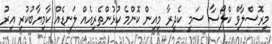
މިރޮސްލާވް ކްލޯސާ ސަމީ ކެދީރާ މިއިން ކޮންމެ ކުޅުންތެރިއެއް ލަނޑެއް ކާމިޔާބުކުރި އިރު